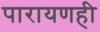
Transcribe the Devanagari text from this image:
पारायणही